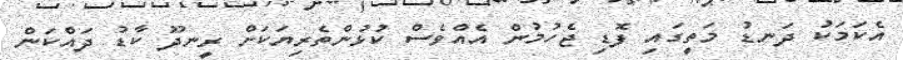
އެކަމަކު ދަނޑު މަތީގައި ފޮޑި ޖެހުމުން އެއްވެސް ކުޅުންތެރިޔަކަށް ރީނދޫ ކާޑު ދައްކަން